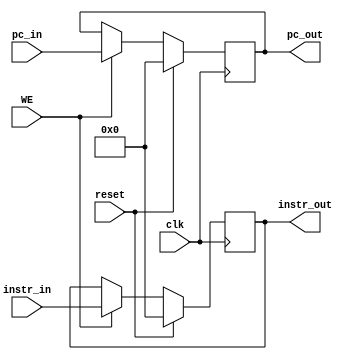
`timescale 1ns / 1ps
//////////////////////////////////////////////////////////////////////////////////
// Company: 
// Engineer: 
// 
// Design Name: 
// Module Name:    D_REG 
// Project Name: 
// Target Devices: 
// Tool versions: 
// Description: 
//
// Dependencies: 
//
// Revision: 
// Revision 0.01 - File Created
// Additional Comments: 
//
//////////////////////////////////////////////////////////////////////////////////
module D_REG(
    input clk,
    input reset,
    input WE,
    input [31:0] instr_in,
    input [31:0] pc_in,
    output [31:0] instr_out,
    output [31:0] pc_out
    );
    
    reg [31:0] instr;
    reg [31:0] pc;
    
    assign instr_out = instr;
    assign pc_out = pc;
    
    always @(posedge clk) begin
        if(reset) begin
            instr <= 0;
            pc <= 0;
        end
        else if(WE) begin
            instr <= instr_in;
            pc <= pc_in;
        end
    end

endmodule